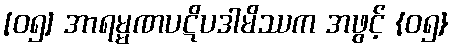
[၀၅] အာရမ္မဏပဋိပဒါမိဿက အဖွင့် {၀၅}